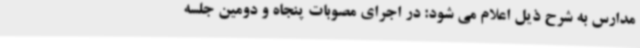
مدارس به شرح ذیل اعلام می شود: در اجرای مصوبات پنجاه و دومین جلسه